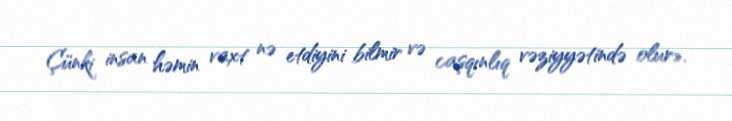
Çünki insan həmin vaxt nə etdiyini bilmir və caşqınlıq vəziyyətində olur».